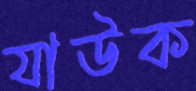
যাউক